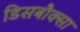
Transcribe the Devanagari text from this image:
डिसबौक्सा